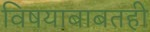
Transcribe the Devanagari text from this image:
विषयाबाबतही